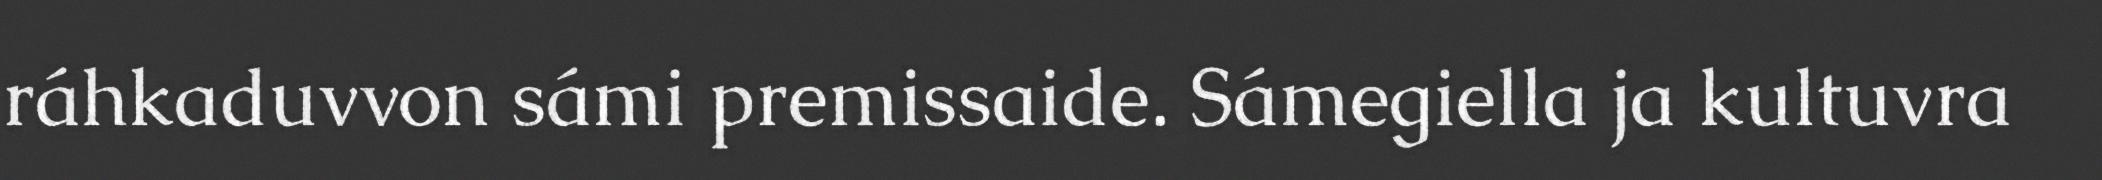
ráhkaduvvon sámi premissaide. Sámegiella ja kultuvra